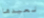
نعيدها